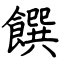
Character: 饌